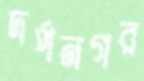
দর্পনগর